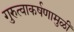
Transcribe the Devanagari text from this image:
गुरुत्वाकर्षणामुळीं